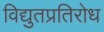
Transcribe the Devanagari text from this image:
विद्युतप्रतिरोध